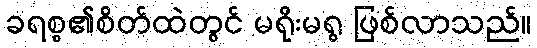
ခရစ္စ၏စိတ်ထဲတွင် မရိုးမရွ ဖြစ်လာသည်။